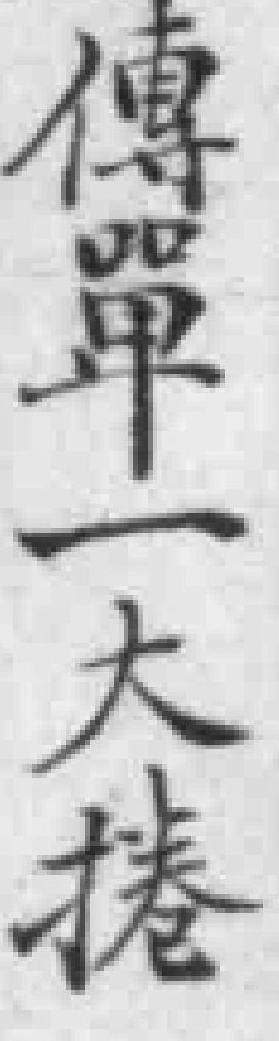
傳單一大捲